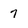
Character: 7